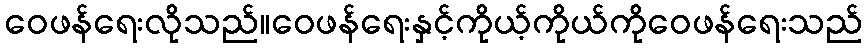
ဝေဖန်ရေးလိုသည်။ဝေဖန်ရေးနှင့်ကိုယ့်ကိုယ်ကိုဝေဖန်ရေးသည်